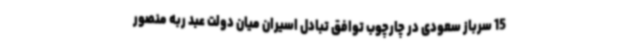
15 سرباز سعودی در چارچوب توافق تبادل اسیران میان دولت عبد ربه منصور